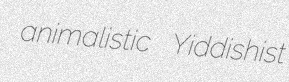
animalistic Yiddishist